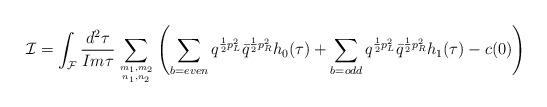
LaTeX: \begin{align*}{\cal I}= \int_{{\cal F}}\frac{d^2 \tau}{Im \tau}\sum_{m_1,m_2\atop n_1,n_2}\left( \sum_{b=even}q^{ \frac{1}{2}p_L^2}\bar q^{ \frac{1}{2}p_R^2}h_0(\tau)+\sum_{b=odd}q^{ \frac{1}{2}p_L^2}\bar q^{ \frac{1}{2}p_R^2}h_1(\tau)-c(0)\right)\end{align*}